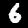
Digit: 6